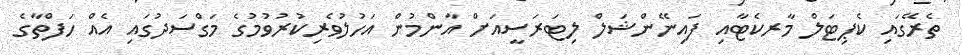
ތެރޭގައި ކެޕިޓަލް މާރކެޓާއި ފައިނޭންޝަލް ލިޓަރަސީއަށް އާންމުން އަހުލުވެރިކުރުވުމުގެ މަގްސަދުގައި އެއް ހަފްތާގެ